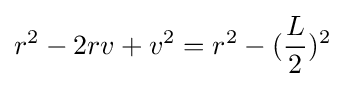
r^{2}-2rv+v^{2}=r^{2}-({\frac {L}{2}})^{2}